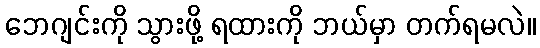
ဘေဂျင်းကို သွားဖို့ ရထားကို ဘယ်မှာ တက်ရမလဲ။